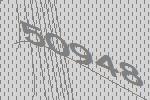
50948